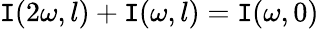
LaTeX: \mathtt{I}(2\omega,l)+\mathtt{I}(\omega,l)=\mathtt{I}(\omega,0)